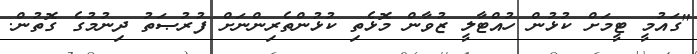
"ގައުމީ ޓީމަށް ކުޅުން ހުއްޓާލީ ޒުވާން މޮޅެތި ކުޅުންތެރިންނަށް ފުރުޞަތު ދިނުމުގެ ގޮތުން.